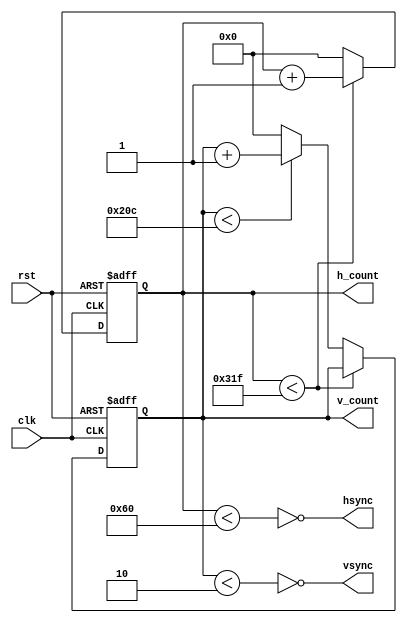
module vga_driver (
    input wire clk, // 50 MHz system clock
    input wire rst,       // Reset input
    output reg hsync,     // Horizontal sync output
    output reg vsync,     // Vertical sync output
	 output reg [9:0] h_count,
    output reg [9:0] v_count
);

	 // VGA parameters for 640x480 resolution
    parameter h_sync_pulse = 96;
    parameter h_total_pixels = 800;

    parameter v_sync_pulse = 2;
    parameter v_total_lines = 525;

    // Updating horizontal and vertical counters
    always @(posedge clk or posedge rst) begin
        if (rst) begin
            h_count <= 0;
            v_count <= 0;
        end else begin
            if (h_count < h_total_pixels - 1) begin
                h_count <= h_count + 1;
            end else begin
                h_count <= 0;
                if (v_count < v_total_lines - 1) begin
                    v_count <= v_count + 1;
                end else begin
                    v_count <= 0;
                end
            end
        end
    end

    // Generating hsync and vsync signals
    always @(*) begin
        hsync = ~(h_count < h_sync_pulse);
        vsync = ~(v_count < v_sync_pulse);
    end

endmodule